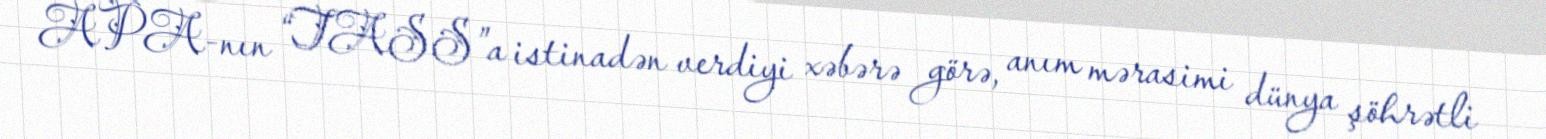
APA-nın “TASS”a istinadən verdiyi xəbərə görə, anım mərasimi dünya şöhrətli